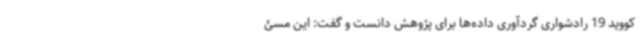
کووید 19 رادشواری گردآوری داده‌ها برای پژوهش دانست و گفت: این مسئ